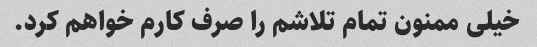
خیلی ممنون تمام تلاشم را صرف کارم خواهم کرد.